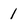
Character: 1